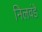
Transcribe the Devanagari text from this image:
निलवंडे